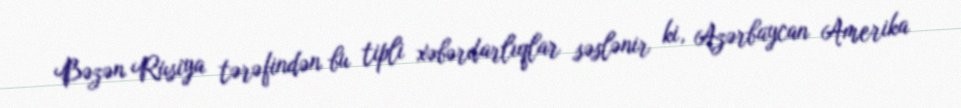
Bəzən Rusiya tərəfindən bu tipli xəbərdarlıqlar səslənir ki, Azərbaycan Amerika